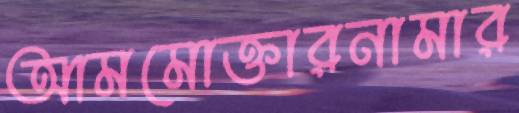
আমমোক্তারনামার